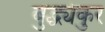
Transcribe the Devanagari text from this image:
बुद्ध्यंकुर